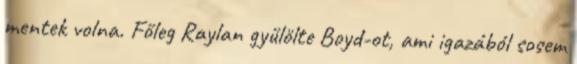
mentek volna. Főleg Raylan gyűlölte Boyd-ot, ami igazából sosem